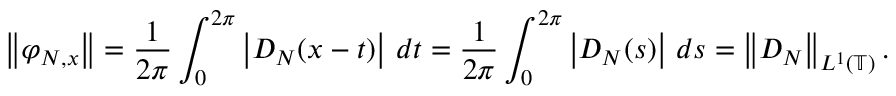
\left\| \varphi _ { N , x } \right\| = { \frac { 1 } { 2 \pi } } \int _ { 0 } ^ { 2 \pi } \left| D _ { N } ( x - t ) \right| \, d t = { \frac { 1 } { 2 \pi } } \int _ { 0 } ^ { 2 \pi } \left| D _ { N } ( s ) \right| \, d s = \left\| D _ { N } \right\| _ { L ^ { 1 } ( \mathbb { T } ) } .